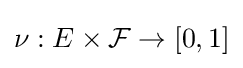
\nu :E\times {\mathcal {F}}\rightarrow [0,1]